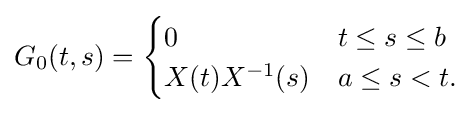
G_{0}(t,s)={\begin{cases}0&t\leq s\leq b\\X(t)X^{-1}(s)&a\leq s<t.\end{cases}}